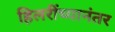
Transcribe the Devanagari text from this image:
हिलरींच्यानंतर